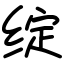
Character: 绽